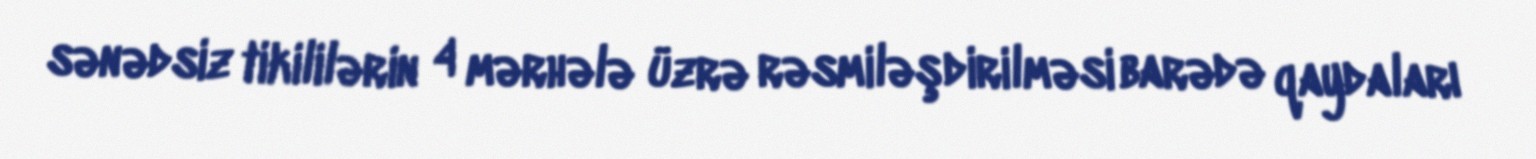
sənədsiz tikililərin 4 mərhələ üzrə rəsmiləşdirilməsi barədə qaydaları